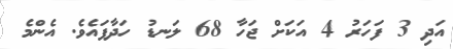
އަދި 3 ފަހަރު 4 އަކަށް ޖަހާ 68 ލަނޑު ހަދާފައެވެ. އެންމެ